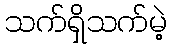
သက်ရှိသက်မဲ့